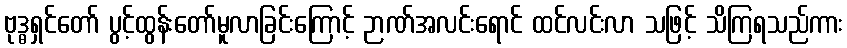
ဗုဒ္ဓရှင်တော် ပွင့်ထွန်းတော်မူလာခြင်းကြောင့် ဉာဏ်အလင်းရောင် ထင်လင်းလာ သဖြင့် သိကြရသည်ကား